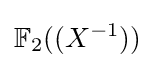
\mathbb {F} _{2}((X^{-1}))